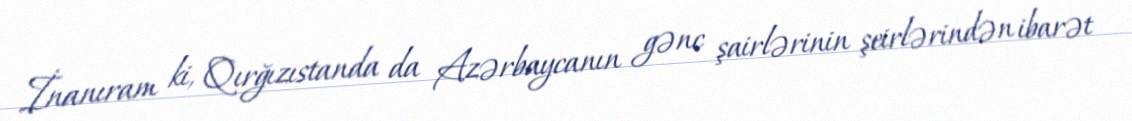
İnanıram ki, Qırğızıstanda da Azərbaycanın gənc şairlərinin şeirlərindən ibarət